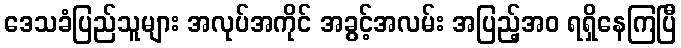
ဒေသခံပြည်သူများ အလုပ်အကိုင် အခွင့်အလမ်း အပြည့်အဝ ရရှိနေကြပြီ